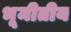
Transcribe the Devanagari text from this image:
भूमीतीय